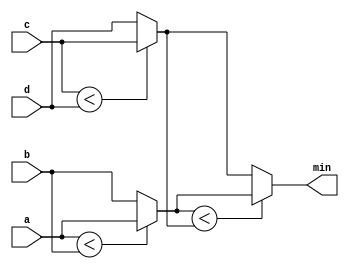
module top_module (
    input [7:0] a, b, c, d,
    output [7:0] min);//

    wire [7:0]	min1, min2;
    // assign intermediate_result1 = compare? true: false;
    assign	min1 = a<b?a:b;
    assign	min2 = c<d?c:d;
    assign	min = min1<min2?min1:min2;

endmodule